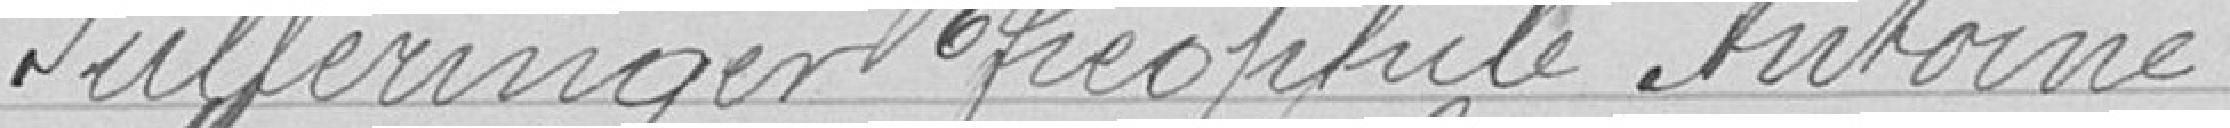
Pulleringer Théophile Antoine